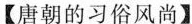
【唐朝的习俗风尚】